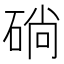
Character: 𥓡